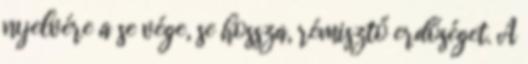
nyelvére a se vége, se hossza, rémisztő erdőséget. A